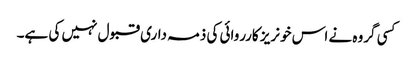
کسی گروہ نے اس خونریز کارروائی کی ذمہ داری قبول نہیں کی ہے۔